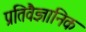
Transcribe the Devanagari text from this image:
प्रतिवैज्ञानिक